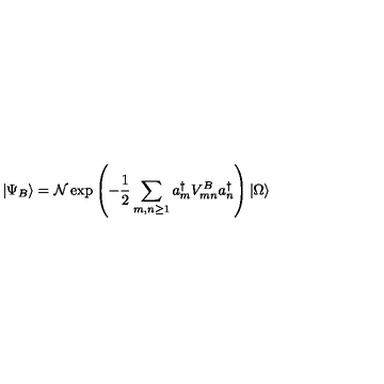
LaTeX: | \Psi _ { B } \rangle = \mathcal { N } \exp \left( - { \frac { 1 } { 2 } } \sum _ { m , n \geq 1 } a _ { m } ^ { \dagger } V _ { m n } ^ { B } a _ { n } ^ { \dagger } \right) | \Omega \rangle